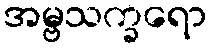
အမ္ဗသက္ခရော